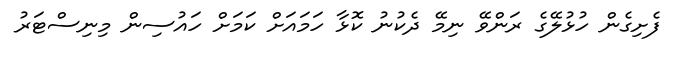
ފެށިގެން ހުޅުލޭގެ ރަންވޭ ނިމޭ ދެކުނު ކޮޅާ ހަމައަށް ކަމަށް ހައުސިން މިނިސްޓަރު